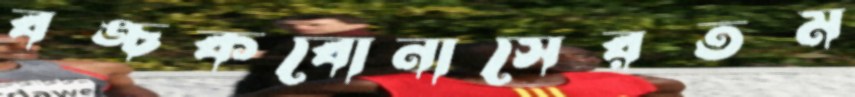
বঙ্চকবোনাসেরতম